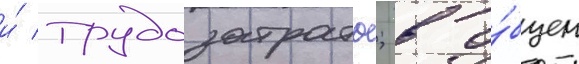
и́ трудозатраты; в о́бщем